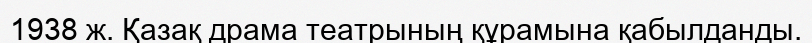
1938 ж. Қазақ драма театрының құрамына қабылданды.